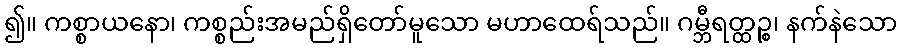
၍။ ကစ္စာယနော၊ ကစ္စည်းအမည်ရှိတော်မူသော မဟာထေရ်သည်။ ဂမ္ဘီရတ္ထဉ္စ၊ နက်နဲသော